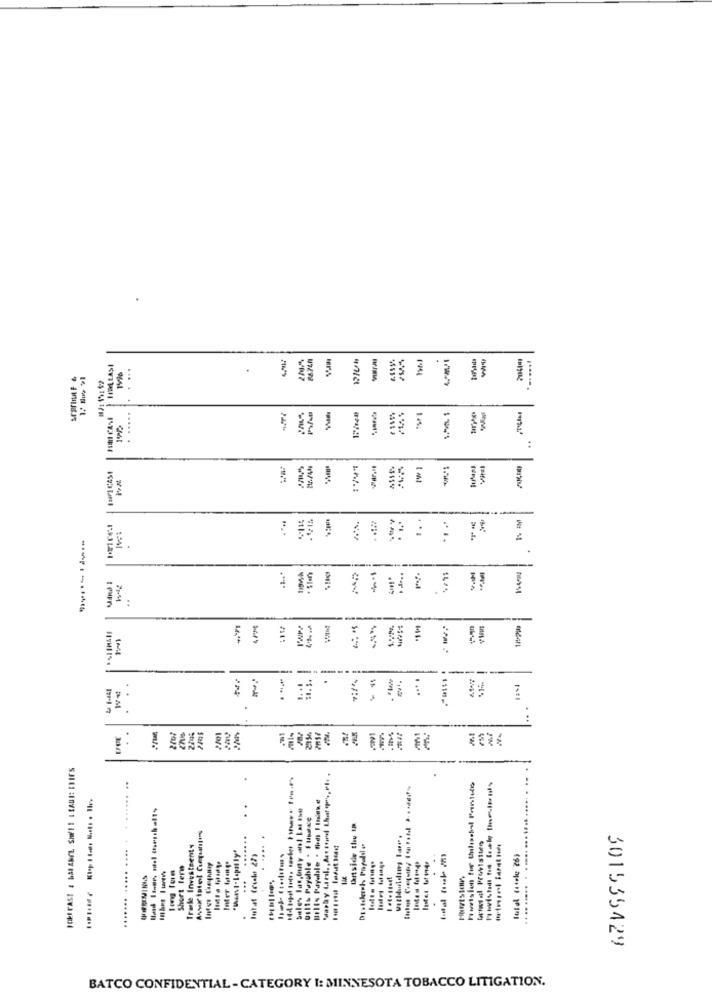
....
#TALIM
.....
:
:
....
:34I
VIS .
1-4
------
F
E
-
--
=
PM
:
Nuvision for Culasbal Paintuto
.. .
Ditside thu 19
Trate Investeenty
Inter (ytag"
Intat (csele 27)
....
Short Term
Inte: 4 144.
.... .
.
..... .......
301535429
BATCO CONFIDENTIAL - CATEGORY I: MINNESOTA TOBACCO LITIGATION.